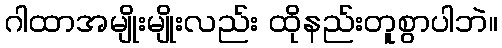
ဂါထာအမျိုးမျိုးလည်း ထိုနည်းတူစွာပါဘဲ။